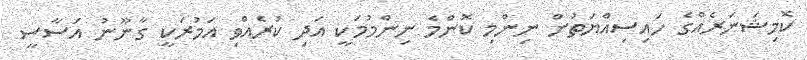
ކޮމިޝަނަރެއްގެ ހައިސިއްޔަތުން ނިންމި ކޮންމެ ނިންމުމަކީ އަދި ކުރެއްވި އަމުރަކީ ގާނޫނު އަސާސީ